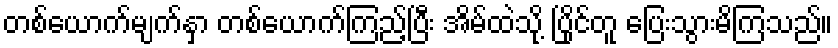
တစ်ယောက်မျက်နှာ တစ်ယောက်ကြည့်ပြီး အိမ်ထဲသို့ ပြိုင်တူ ပြေးသွားမိကြသည်။